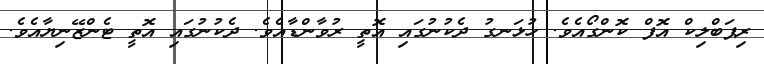
ރިޕަބްލިކް އޮފް ކޮންގޯއެވެ. ހުޅަނގު ދެކުނުގައި އޮތީ ރުވާންޑާއެވެ. ދެކުނުގައި އޮތީ ޓެންޒޭނިޔާއެވެ.